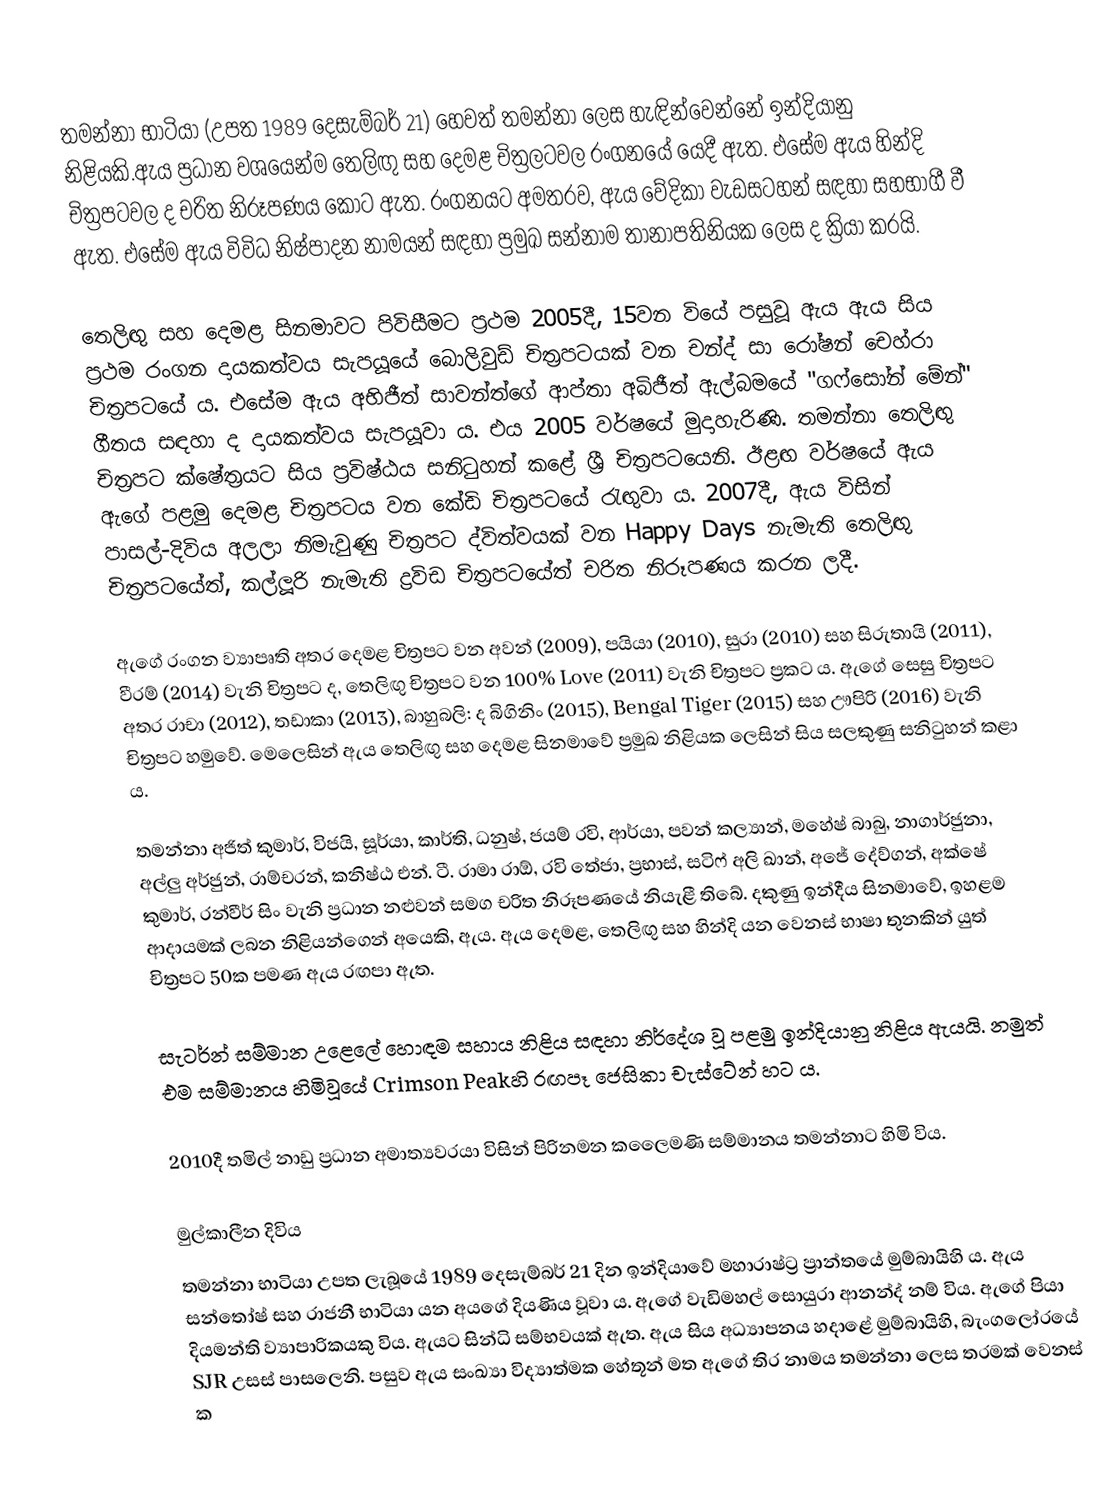
තමන්නා භාටියා (උපත 1989 දෙසැම්බර් 21) හෙවත් තමන්නා ලෙස හැඳින්වෙන්නේ ඉන්දියානු නිළියකි.ඇය ප්‍රධාන වශයෙන්ම තෙලිඟු සහ දෙමළ චිත්‍රලටවල රංගනයේ යෙදී ඇත. එසේම ඇය හින්දි චිත්‍රපටවල ද චරිත නිරූපණය කොට ඇත. රංගනයට අමතරව, ඇය වේදිකා වැඩසටහන් සඳහා සහභාගී වී ඇත. එසේම ඇය විවිධ නිෂ්පාදන නාමයන් සඳහා ප්‍රමුඛ සන්නාම තානාපතිනියක ලෙස ද ක්‍රියා කරයි.

තෙලිඟු සහ දෙමළ සිනමාවට පිවිසීමට ප්‍රථම 2005දී, 15වන වියේ පසුවූ ඇය ඇය සිය ප්‍රථම රංගන දායකත්වය සැපයූයේ බොලිවුඩ් චිත්‍රපටයක් වන චන්ද් සා රෝෂන් චෙහ්රා චිත්‍රපටයේ ය. එසේම ඇය අභිජීත් සාවන්ත්‍ගේ ආප්තා අබිජීත් ඇල්බ‍මයේ "ගෆ්සෝන් මේන්" ගීතය සඳහා ද දායකත්වය සැපයූවා ය. එය 2005 වර්ෂයේ මුදාහැරිණි. තමන්නා තෙලිඟු චිත්‍රපට ක්ෂේත්‍රයට සිය ප්‍රවිෂ්ඨය සනිටුහන් කළේ ශ්‍රී චිත්‍රපටයෙනි. ඊළඟ වර්ෂයේ ඇය ඇගේ පළමු දෙමළ චිත්‍රපටය වන කේඩි චිත්‍රපටයේ රැඟුවා ය. 2007දී, ඇය විසින් පාසල්-දිවිය අලලා නිමැවුණු චිත්‍රපට ද්විත්වයක් වන Happy Days නැමැති තෙලිඟු චිත්‍රපටයේත්, කල්ලූරි නැමැති ද්‍රවිඩ චිත්‍රපටයේත් චරිත නිරූපණය කරන ලදී.

ඇගේ රංගන ව්‍යාපෘති අතර දෙමළ චිත්‍රපට වන අවන් (2009), පයියා (2010), සුරා (2010) සහ සිරුතායි (2011), වීරම් (2014) වැනි චිත්‍රපට ද, තෙලිඟු චිත්‍රපට වන 100% Love (2011) වැනි චිත්‍රපට ප්‍රකට ය. ඇගේ සෙසු චිත්‍රපට අතර රාචා (2012), තඩාකා (2013), බාහුබලි: ද බිගිනිං (2015), Bengal Tiger (2015) සහ ඌපිරි (2016) වැනි චිත්‍රපට හමුවේ. මෙලෙසින් ඇය තෙලිඟු සහ දෙමළ සිනමාවේ ප්‍රමුඛ නිළියක ලෙසින් සිය සලකුණු සනිටුහන් කළා ය.

තමන්නා අජිත් කුමාර්, විජයි, සූර්යා, කාර්ති, ධනුෂ්, ජයම් රවි, ආර්යා, පවන් කල්‍යාන්, මහේෂ් බාබු, නාගාර්ජුනා, අල්ලු අර්ජුන්, රාම්චරන්, කනිෂ්ඨ එන්. ටී. රාමා රාඕ, රවි තේජා, ප්‍රභාස්, සටිෆ් අලි ඛාන්, අජේ දේව්ගන්, අක්ෂේ කුමාර්, රන්වීර් සිං වැනි ප්‍රධාන නළුවන් සමග චරිත නිරූපණයේ නියැළී තිබේ. දකුණු ඉන්දීය සිනමාවේ, ඉහළම ආදායමක් ලබන නිළියන්ගෙන් අයෙකි, ඇය. ඇය දෙමළ, තෙලිඟු සහ හින්දි යන වෙනස් භාෂා තුනකින් යුත් චිත්‍රපට 50ක පමණ ඇය රඟපා ඇත.

සැටර්න් සම්මාන උළෙලේ හොඳම සහාය නිළිය සඳහා නිර්දේශ වූ පළමු ඉන්දියානු නිළිය ඇයයි. නමුත් එම සම්මානය හිමිවූයේ Crimson Peakහි රඟපෑ ජෙසිකා චැස්ටේන් හට ය.

2010දී තමිල් නාඩු ප්‍රධාන අමාත්‍යවරයා විසින් පිරිනමන කලෛමණි සම්මානය තමන්නාට හිමි විය.

මුල්කාලීන දිවිය
තමන්නා භාටියා උපත ලැබූයේ 1989 දෙසැම්බර් 21 දින ඉන්දියාවේ මහාරාෂ්ට්‍ර ප්‍රාන්තයේ මුම්බායිහි ය. ඇය සන්තෝෂ් සහ රාජනී භාටියා යන අයගේ දියණිය වූවා ය. ඇගේ වැඩිමහල් සොයුරා ආනන්ද් නම් විය. ඇ‍ගේ පියා දියමන්ති ව්‍යාපාරිකයකු විය. ඇයට සින්ධි සම්භවයක් ඇත. ඇය සිය අධ්‍යාපනය හදාළේ මුම්බායිහි, බැංග‍ලෝරයේ SJR උසස් පාසලෙනි. පසුව ඇය සංඛ්‍යා විද්‍යාත්මක හේතූන් මත ඇගේ තිර නාමය තමන්නා ලෙස තරමක් වෙනස් ක